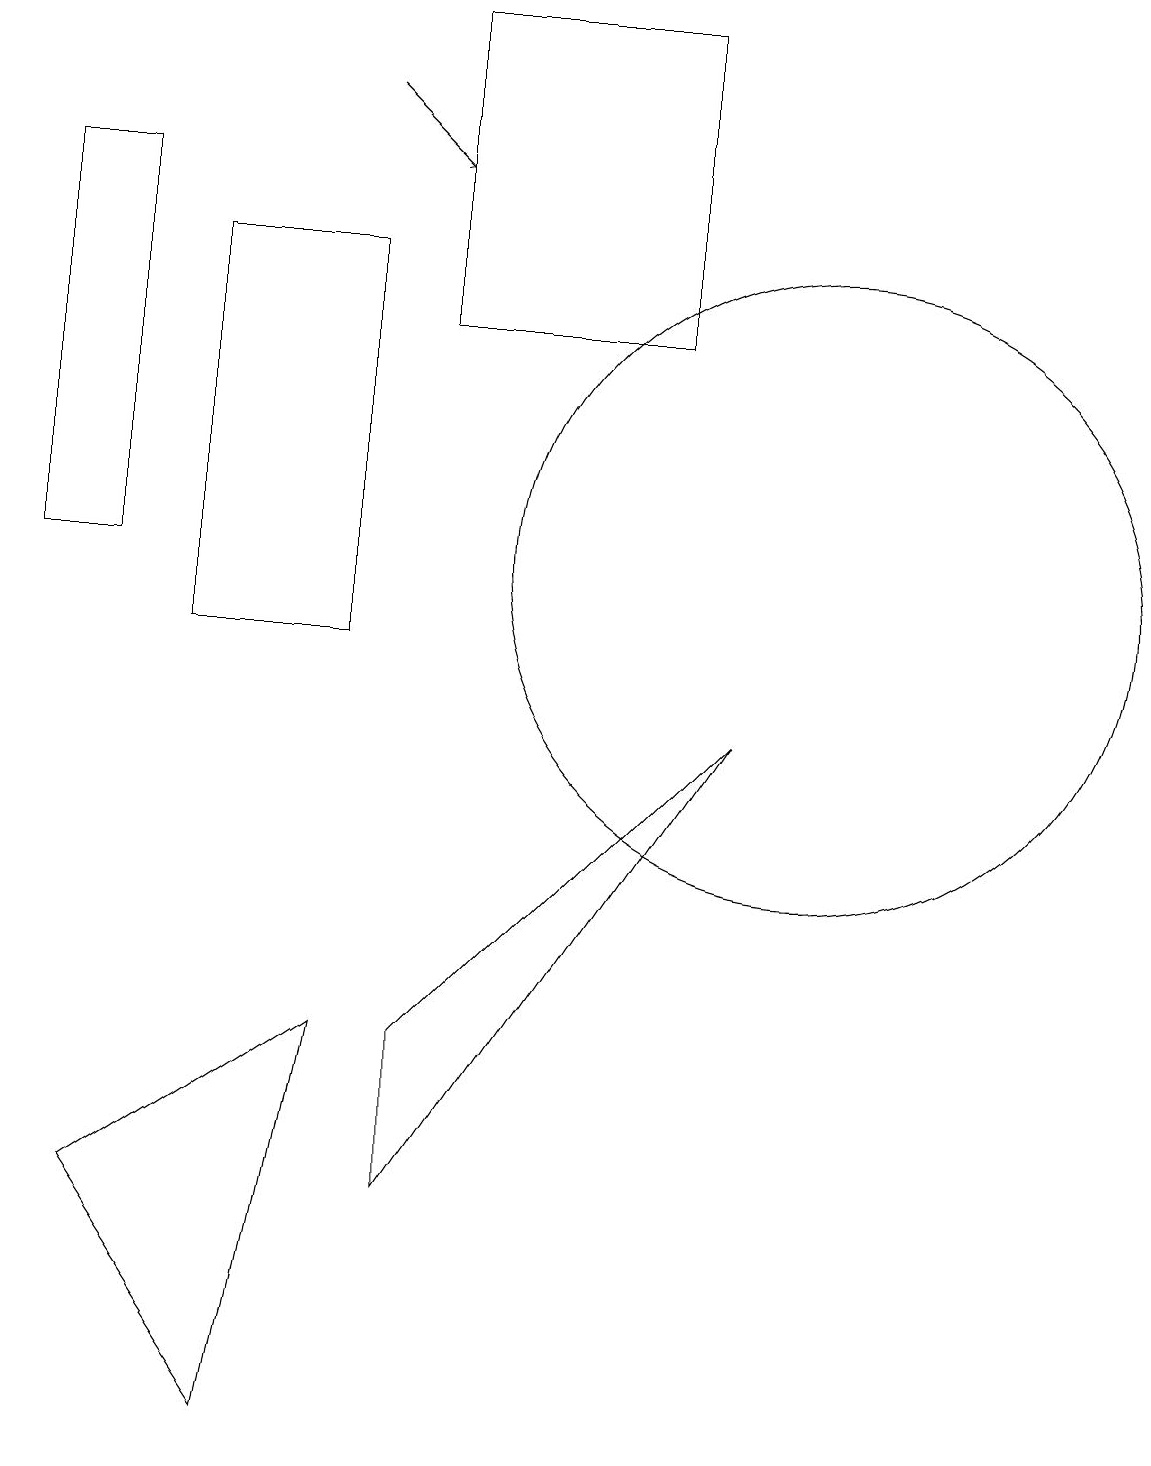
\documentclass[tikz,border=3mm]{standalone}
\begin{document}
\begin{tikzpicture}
\draw (10,11) circle (4);
\draw[->] (4,17) -- (5,16);
\draw (5,3) -- (5,5) -- (9,9) -- cycle;
\draw (4,10) rectangle (2,15);
\draw (5,14) rectangle (8,18);
\draw (1,16) rectangle (0,11);
\draw (1,3) -- (4,5) -- (3,0) -- cycle;
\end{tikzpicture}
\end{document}